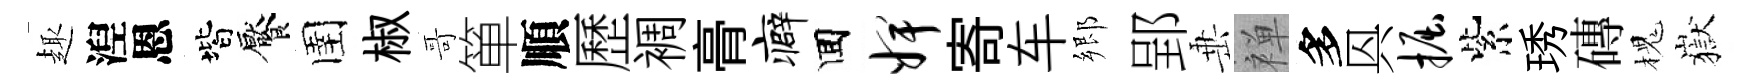
趣湼恩階饜圉椒哥箪順歷裯𮌔癖囬婢寄车郷郢𡸁禅多㒷掘紫琇磚槐嶽